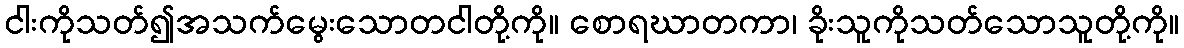
ငါးကိုသတ်၍အသက်မွေးသောတငါတို့ကို။ စောရဃာတကာ၊ ခိုးသူကိုသတ်သောသူတို့ကို။